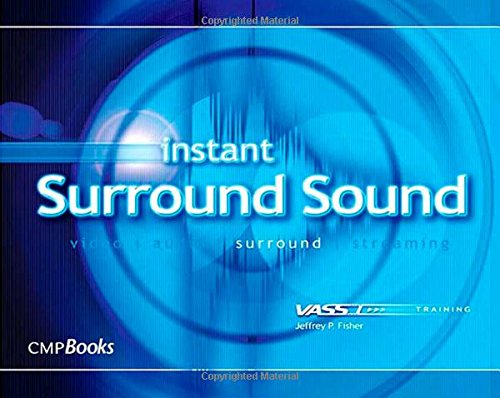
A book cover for Instant Surround Sound (Instant Series); Jeffrey P. Fisher; Computers & Technology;